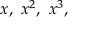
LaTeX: x , \ x ^ { 2 } , \ x ^ { 3 } ,